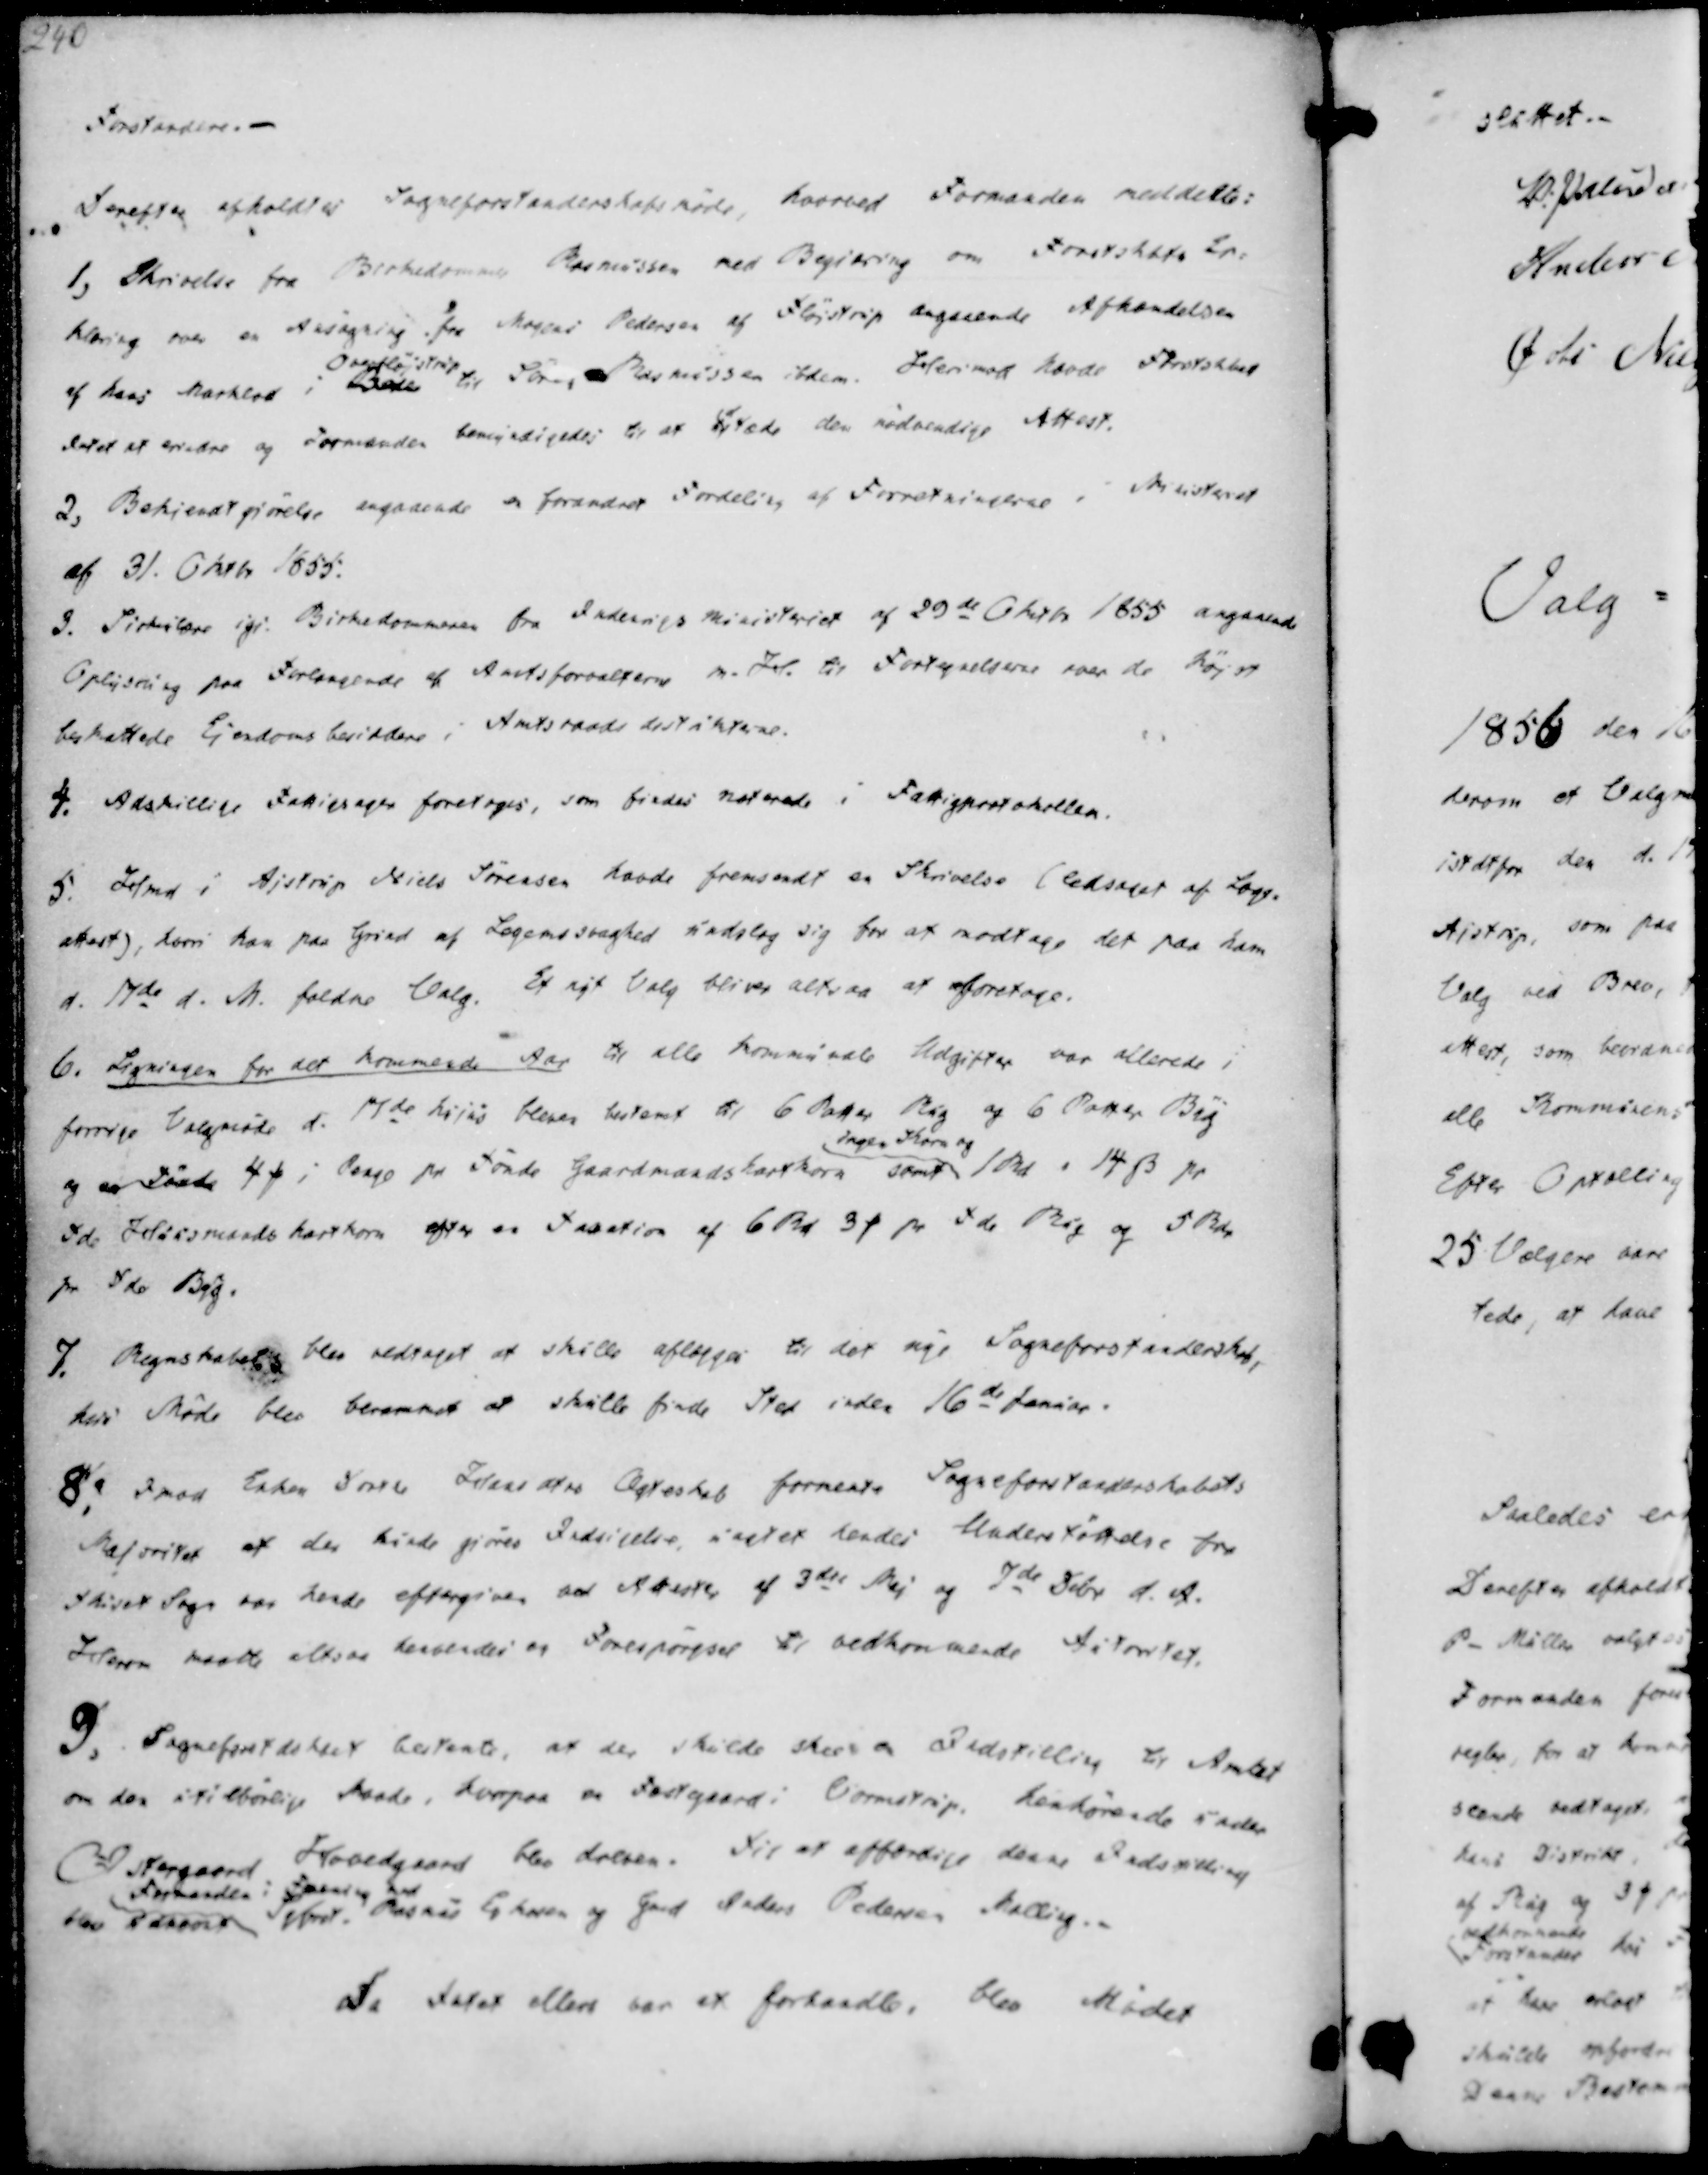
Transskription:
Forstandere.-
Derefter afholdtes Sogneforstanderskabsmøde, hvorved Formanden meddelte:

1) Skrivelse fra Birkedommer Rasmussen med Begiæring om Forstskbts Er-
klæring over en Ansøgning fra Mogens Pedersen af Fløjstrup angaaende Afhændelsen
af hans Marklod i Beder
Overfløjstrup
til Søren Rasmussen ibdem. Herimod havde Forstskbet
Intet at erindre og Formanden bemyndigedes til at udræde den nødvendige Attest.
2, Bekjendtgiørelse angaaende en forandret Fordeling af Forretningerne i Ministeret
af 31. Oktbr 1855.
3. Sirkulære igi. Birkedommeren fra Indenrigs Ministeriet af 29de Oktbr 1855 angaaende
Oplysning paa Forlangende af Amtsforvalterne m. H. til Fortegnelserne over de højst
beskattede Ejendomsbesiddere i Amtsraadsdistrikterne.
4. Adskillige Fattigsager foretoges, som findes noterede i Fattigprotokollen.

5. Hmd i Ajstrup Niels Sørensen havde fremsendt en Skrivelse (ledsaget af Læge-
attest), hvori han paa Grund af Legemssvaghed undslog sig for at modtage det paa ham
d. 17de d. M. faldne Valg. Et nyt Valg bliver altsaa at foretage.
6. Ligningen for det kommende Aar til alle Kommunale Udgifter var allerede i
forrige Valgmøde d. 17de hijas bleves bestemt til 6 Potter Rug og 6 Potter Byg
og en Tønde 4 ₻ i Penge pr Tønde Gaardmandshartkorn samt
Ingen Korn og
1 Rd - 14 ẞ pr
Tde Huusmands hartkorn efter en Taxation af 6 Rd 3 ₻ pr Tde Rug og 5 Rdr
pr Tde Byg.

7. Regnskabet blev vedtaget at skulle aflægges til det nye Sogneforstanderskab,
kers Møde blev berammet at skulle finde Sted inden 16de Januar.
8. Imod Enken Søren Hansenatrs Ægteskab formente Sogneforstanderskabets
Majoritet at der kunde giøres Indsigelse uagtet hendes Understøttelse fra
Skivet Sogn var hende eftergiven ved Attester af 3die Maj og 7de Sebr d.A.
Herom maatte altsaa henvendes en Forespørgsel til vedkommende Autoritet.
9. Sogneforstdskbet bestemte, at der skulde skee en Indstilling til Amtet
om den utilbørlige Skaade, hvorpaa og Fæstgaard i Vormstrup, henhørende under
Østergaard Hovedgaard blev dreven. Til at affærdige denne Indstilling
blev udreves
Forstander i Favns og and
Hmd. Rasmus Eskesen og Gmd Anders Pedersen Malling.-

Da Intet ellers var at forhandle, blev Mødet